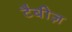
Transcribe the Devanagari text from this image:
टैबीज़